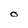
Character: O